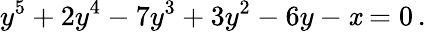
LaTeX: y^{5}+2y^{4}-7y^{3}+3y^{2}-6y-\mathit{x}=0\, .